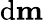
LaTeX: \mathrm{d}\mathbf{m}